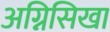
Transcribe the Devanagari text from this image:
अग्निसिखा